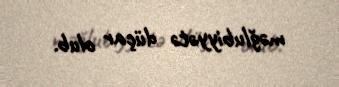
məğlubiyyətə düçar olub.